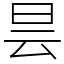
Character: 昙